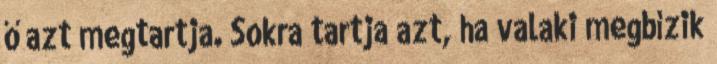
ő azt megtartja. Sokra tartja azt, ha valaki megbízik